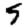
Digit: 5